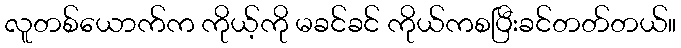
လူတစ်ယောက်က ကိုယ့်ကို မခင်ခင် ကိုယ်ကစပြီးခင်တတ်တယ်။